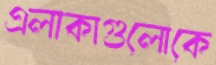
এলাকাগুলোকে